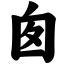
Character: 囱